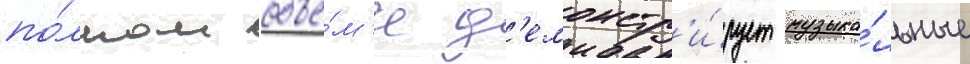
по́лном объё́м'е д'емонстр'и́рует музыка́льные